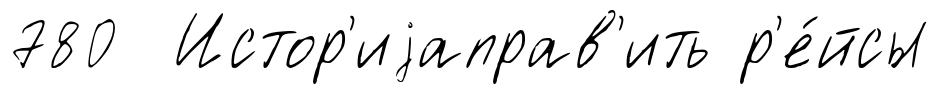
780 Истор'иjаправ'ить р'е́йсы